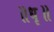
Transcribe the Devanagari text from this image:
॥धृ॥